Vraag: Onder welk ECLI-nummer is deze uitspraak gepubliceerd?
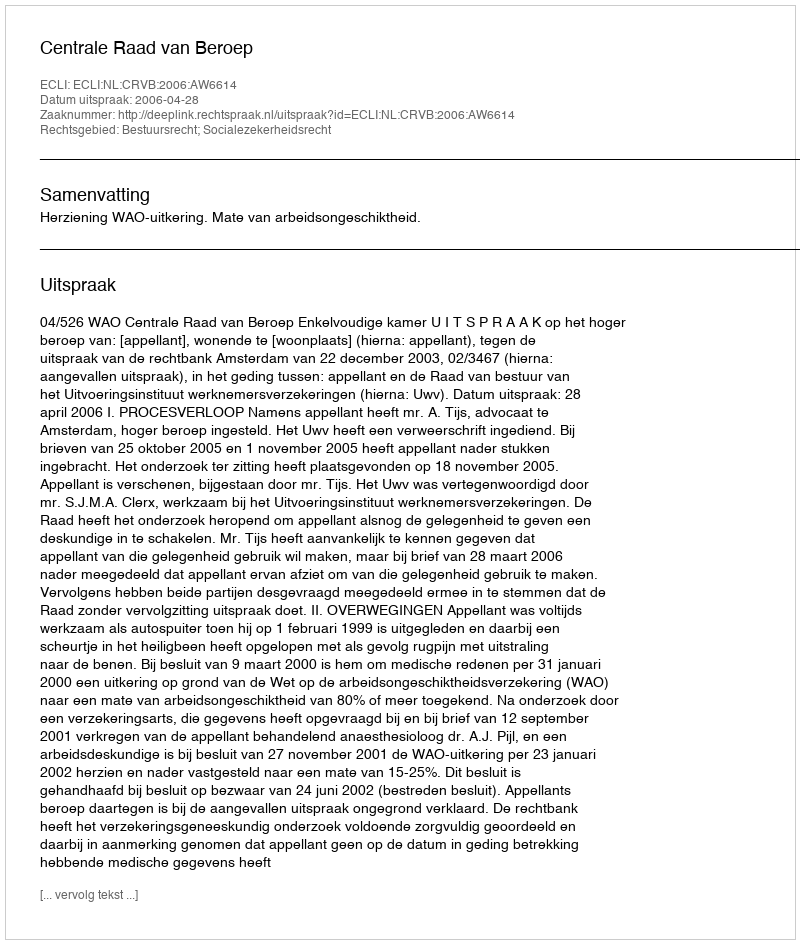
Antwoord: ECLI:NL:CRVB:2006:AW6614